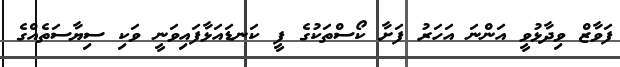
ފަވާޒް ވިދާޅުވީ އަންނަ އަހަރު ފަށާ ކޯސްތަކުގެ ފީ ކަނޑައަޅާފައިވަނީ ވަކި ސިޔާސަތެއްގެ